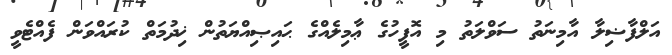
އަލްފާޟިލާ އާމިނަތު ސަވްލަތު މި އޮފީހުގެ ޢާމިލެއްގެ ޙައިޞިއްޔަތުން ޚިދުމަތް ކުރައްވަން ފެއްޓެވީ